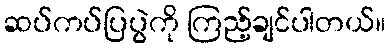
ဆပ်ကပ်ပြပွဲကို ကြည့်ချင်ပါတယ်။